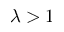
\lambda > 1